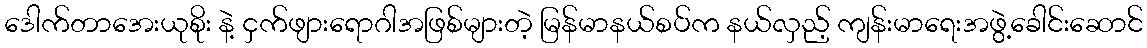
ဒေါက်တာအေးယုစိုး နဲ့ ငှက်ဖျားရောဂါအဖြစ်များတဲ့ မြန်မာနယ်စပ်က နယ်လှည့် ကျန်းမာရေးအဖွဲ့ခေါင်းဆောင်